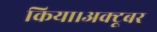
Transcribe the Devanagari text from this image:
किया।अक्टूबर